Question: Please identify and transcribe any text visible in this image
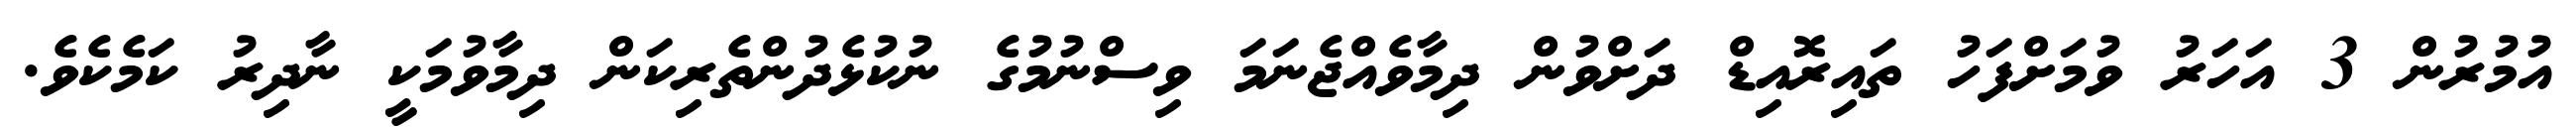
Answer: އުމުރުން 3 އަހަރު ވުމަށްފަހު ތައިރޮއިޑް ދަށްވުން ދިމާވެއްޖެނަމަ ވިސްނުމުގެ ނުކުޅެދުންތެރިކަން ދިމާވުމަކީ ނާދިރު ކަމެކެވެ.